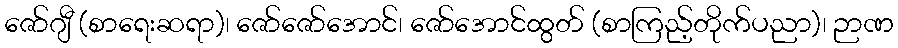
ဇော်ဂျီ (စာရေးဆရာ)၊ ဇော်ဇော်အောင်၊ ဇော်အောင်ထွတ် (စာကြည့်တိုက်ပညာ)၊ ဉာဏ